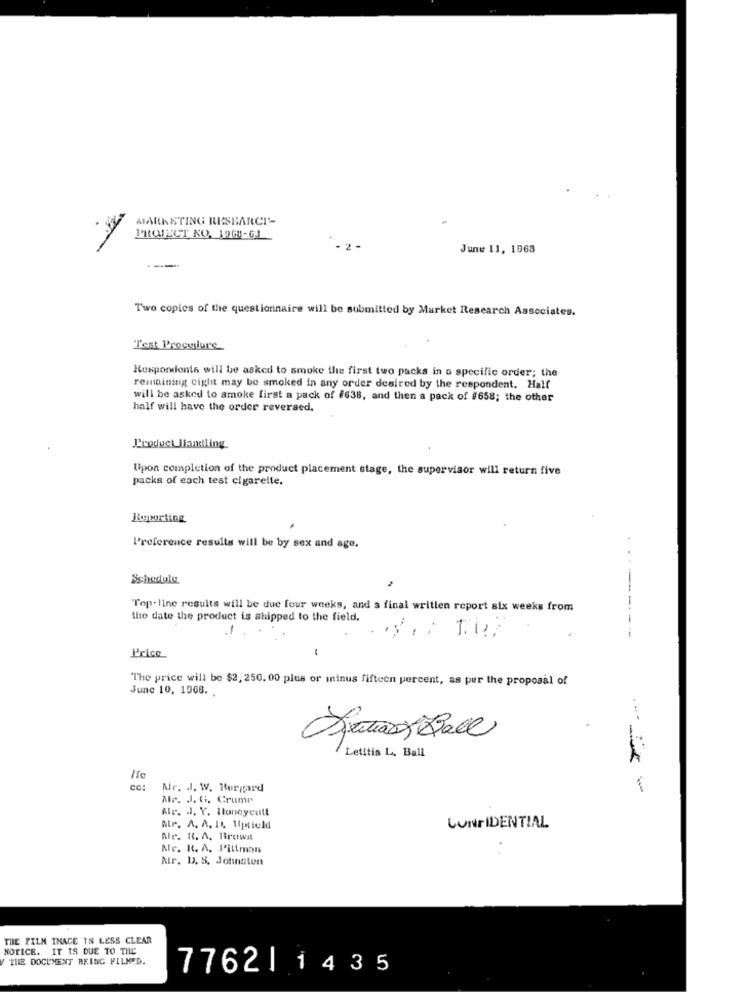
MARKETING RESEARCH-
PROJECT NO, 19GU-GJ
June 11, 1968
Two copies of the questionnaire will be submitted by Market Research Associates.
Test Procedure
Respondents will be asked to smoke the first two packs in a specific order; the
remaining ciglit may be smoked in any order desired by the respondent. Half
will be asked to smoke first a pack of #638, and then a pack of #658; the other
half will have the order reversed.
Product Handling
Upon completion of the product placement stage, the supervisor will return five
packs of each test cigarette.
Reporting
l'reference results will be by sex and age.
Schedule
Top-line results will be due four weeks, and a final written report six weeks from
the date the product is shipped to the field.
-
Price
The price will be $2, 250. 00 plus or minus fifteen percent, as per the proposal of
June 10, 1908. .
Setas Ball
Letitia L. Ball
cc:
Mr. J. W. Burgard
--- -
Alp. J. G. Crump
Ale. J. Y. Honeycutt
Air. A. A. I. Uptield
CONFIDENTIAL
Ale. K. A. Brown
Ne. R. A. Pittman
Air. D. S. Johnston
THE FILM IMAGE 18 LESS CLEAR
NOTICE. IT IS DUE TO THE
THE DOCUMENT BEING FILMED.
7762| 1435